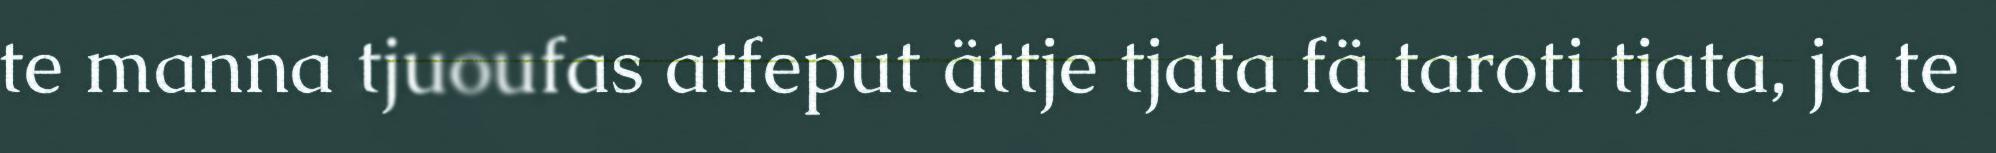
te manna tjuoufas atfeput ättje tjata fä taroti tjata, ja te